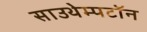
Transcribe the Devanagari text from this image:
साउथेम्पटॉन